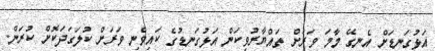
އަޅުގަނޑަށް އެނގޭ މާމަ ވަރަށް ތައްޔާރުވިކަން އަޅުގަނޑުގެ ކައިވެނި ވަރަށް ކުލަގަދަކޮށް ކުރަން.